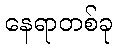
နေရာတစ်ခု